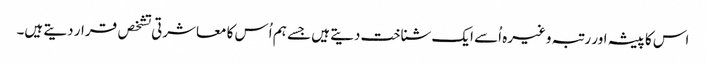
اس کا پیشہ اور رتبہ وغیرہ اُسے ایک شناخت دیتے ہیں جسے ہم اُس کا معاشرتی تشخص قرار دیتے ہیں۔